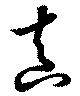
真